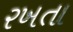
રખતા